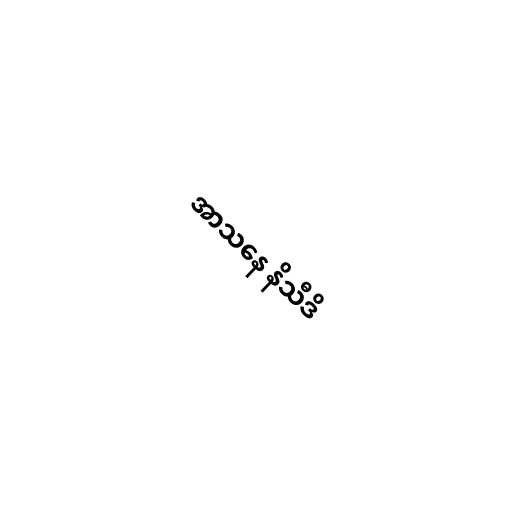
အာသနေ နိသီဒိ